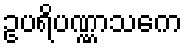
ဥပရိပဏ္ဏာသကေ